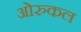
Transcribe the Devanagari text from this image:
ओरुकल